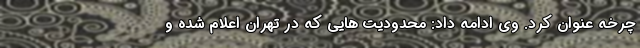
چرخه عنوان کرد. وی ادامه داد: محدودیت هایی که در تهران اعلام شده و